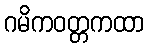
ဂမိကဝတ္တကထာ